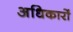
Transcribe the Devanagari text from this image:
अधिकारों